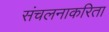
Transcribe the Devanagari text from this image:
संचलनाकरिता